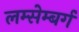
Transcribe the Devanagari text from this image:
लम्सेम्बर्ग